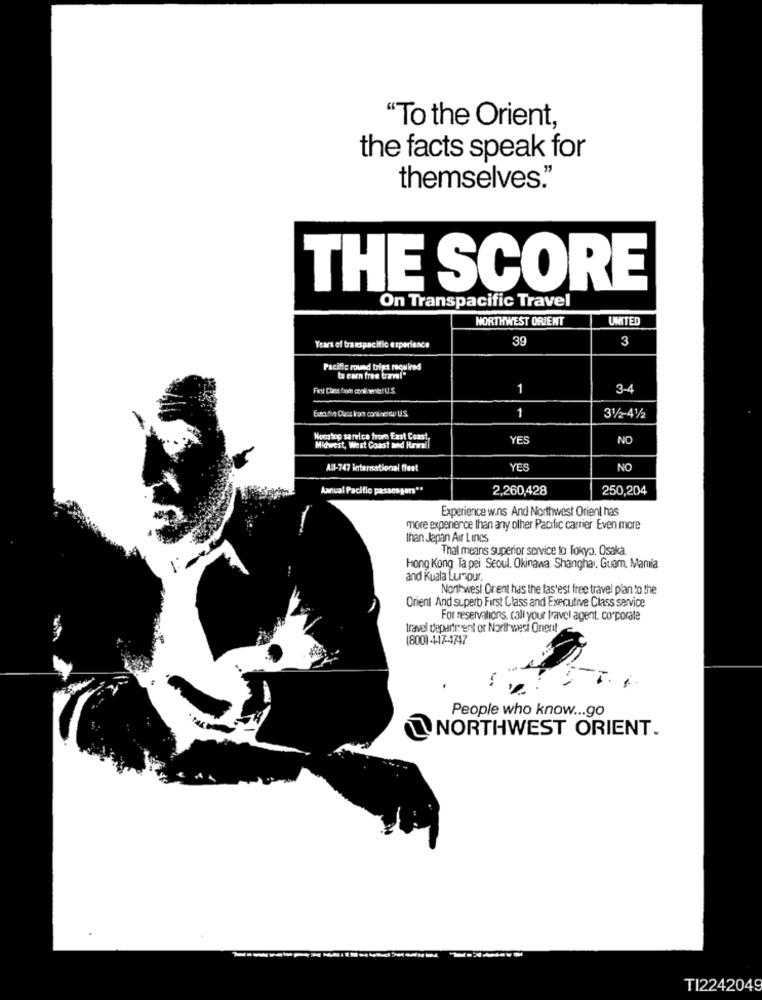
"To the Orient,
the facts speak for
themselves."
THE SCORE
On Transpacific Travel
NORTHWEST DRIEMT
UMTED
39
3
Years of transpacific experience
Pacific round trips required
1
3-4
Executive Class krom continentw US.
31/2-41/2
Nonstop sarvica from East Coast,
YES
NO
Midwest, West Coast aid Kar
A1-747 international flest
YES
NO
Annual Pacific passes gars **
2,260,428
250,204
Experience w.ns And Northwest Orient has
more experience than any other Pacific carrier Even more
than Japan Air Lines
That means superior service to Tokyo. Osaka
Hong Kong Ta pei Seoul. Okinawa Shanghai. Guem, Manila
and Kuala Lumpur.
Northwest Orent has the fastest free travel plan to the
Orient And superb First Class and Executive Class service
For reservations, call your travel agent. corporate
travel department of Northwest Oneri!
(800) 4-17-4747
People who know ... go
@NORTHWEST ORIENT.
TI2242049